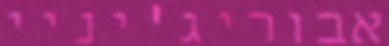
אבוריג'יניי